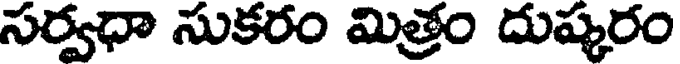
సర్వధా సుకరం మిత్రం దుష్కరం